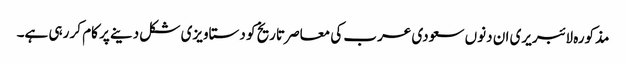
مذکورہ لائبریری ان دنوں سعودی عرب کی معاصر تاریخ کو دستاویزی شکل دینے پر کام کر رہی ہے۔